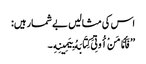
اس کی مثالیں بے شمار ہیں:
’’فَأَمَّا مَنْ أُوتِیَ کِتَابَهُ بِیَمِینِهِ ۔